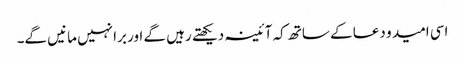
اسی امید و دعا کے ساتھ کہ آئینہ دیکھتے رہیں گے اور برا نہیں مانیں گے۔